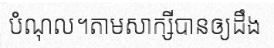
បំណុល។តាមសាក្សីបានឲ្យដឹង